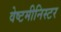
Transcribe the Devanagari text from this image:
वेष्टमीनिस्टर